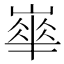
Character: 𡼀